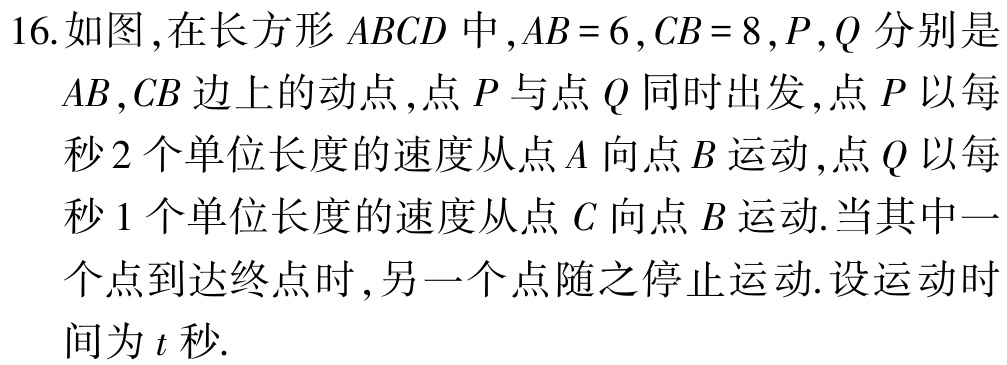
16.如图,在长方形 \(ABCD\) 中,\(AB = 6\),\(CB = 8\),\(P,Q\) 分别是

\(AB,CB\) 边上的动点,点 \(P\) 与点 \(Q\) 同时出发,点 \(P\) 以每

秒 \(2\) 个单位长度的速度从点 \(A\) 向点 \(B\) 运动,点 \(Q\) 以每

秒 \(1\) 个单位长度的速度从点 \(C\) 向点 \(B\) 运动.当其中一

个点到达终点时,另一个点随之停止运动.设运动时

间为 \(t\) 秒.